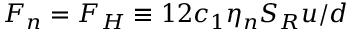
F _ { n } = F _ { H } \equiv 1 2 c _ { 1 } \eta _ { n } S _ { R } u / d